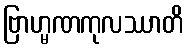
ဗြာဟ္မဏကုလဿာတိ